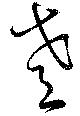
肴